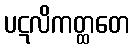
ပဋလိကတ္ထတေ